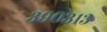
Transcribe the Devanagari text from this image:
३९०३१३